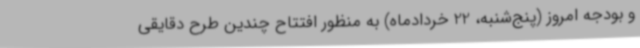
و بودجه امروز (پنج‌شنبه، 22 خردادماه) به منظور افتتاح چندین طرح دقایقی